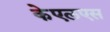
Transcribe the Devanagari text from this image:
केएलएस